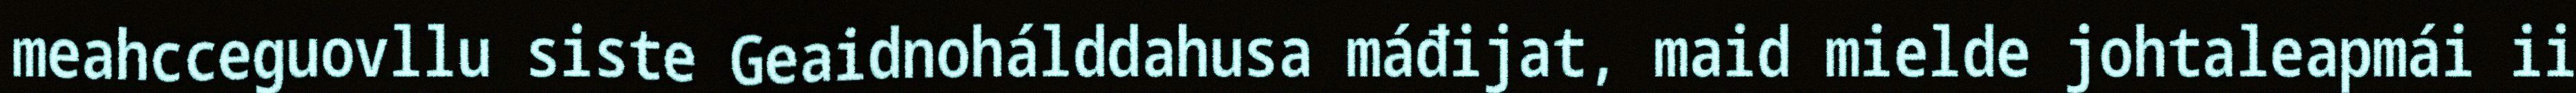
meahcceguovllu siste Geaidnohálddahusa máđijat, maid mielde johtaleapmái ii